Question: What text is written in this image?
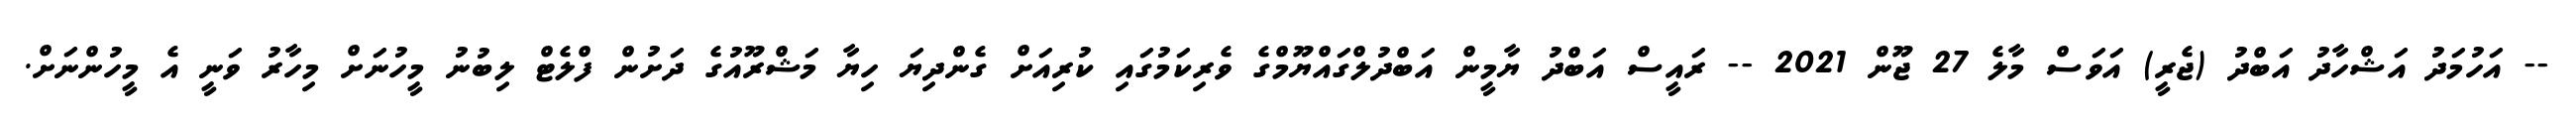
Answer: -- އަހުމަދު އަޝްހާދު އަބްދު (ޖެރީ) އަވަސް މާލެ 27 ޖޫން 2021 -- ރައީސް އަބްދު ޔާމީން އަބްދުލްގައްޔޫމްގެ ވެރިކަމުގައި ކުރިއަށް ގެންދިޔަ ހިޔާ މަޝްރޫއުގެ ދަށުން ފްލެޓް ލިބުނު މީހުނަށް މިހާރު ވަނީ އެ މީހުންނަށް.